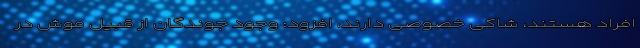
افراد هستند، شاکی خصوصی دارند، افزود: وجود جوندگان از قبیل موش در